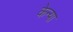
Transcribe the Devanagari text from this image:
केन्‍या